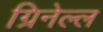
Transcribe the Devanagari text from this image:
ग्रिनेल्ल